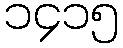
၁၄၁၅